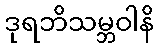
ဒုရဘိသမ္ဘဝါနိ